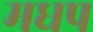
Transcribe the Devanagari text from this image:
मधप